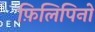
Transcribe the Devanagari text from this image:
फ़िलिपिनो